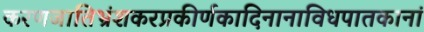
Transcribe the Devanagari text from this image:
करणजातिभ्रंशकरप्रकीर्णकादिनानाविधपातकानां